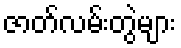
ဇာတ်လမ်းတွဲများ